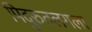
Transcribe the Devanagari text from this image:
पिदुरुतलगला